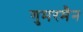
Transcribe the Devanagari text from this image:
गुमरमैन